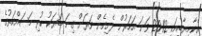
އެކާމިޔާބީއަކީ 2012 ވަނަ އަހަރުން ފެށިގެން ވަރަށް ގިނަ ބަޔަކު ކުރި މަސައްކަތުގެ